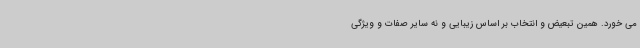
می خورد. همین تبعیض و انتخاب بر اساس زیبایی و نه سایر صفات و ویژگی